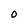
Character: O